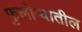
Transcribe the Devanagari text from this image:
फुलोऱ्यातील